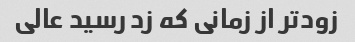
زودتر از زمانی که زد رسید عالی